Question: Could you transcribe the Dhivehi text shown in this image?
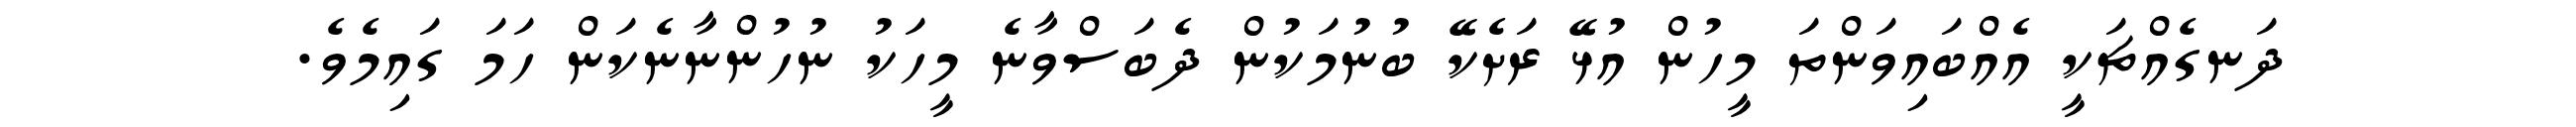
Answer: ދަނގެއްޗަކީ އެއްބައިވަންތަ މީހުން އުޅޭ ރަށެކޭ ބުނުމަކުން ދެބަސްވާނެ މީހަކު ނުހުންނާނެކަން ހަމަ ގައިމެވެ.